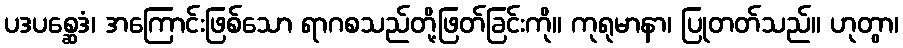
ပဒပစ္ဆေဒံ၊ အကြောင်းဖြစ်သော ရာဂစသည်တို့ဖြတ်ခြင်းကို။ ကုရုမာနာ၊ ပြုတတ်သည်။ ဟုတွာ၊